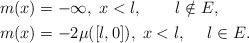
LaTeX: \begin{align*}\begin{aligned}&m(x)=-\infty, \; x< l, \qquad l \notin E, \\&m(x)=-2\mu([l,0]), \; x< l, \quad\; l\in E. \end{aligned}\end{align*}